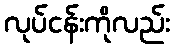
လုပ်ငန်းကိုလည်း